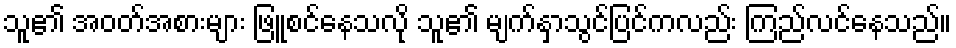
သူ၏ အဝတ်အစားများ ဖြူစင်နေသလို သူ၏ မျက်နှာသွင်ပြင်ကလည်း ကြည်လင်နေသည်။